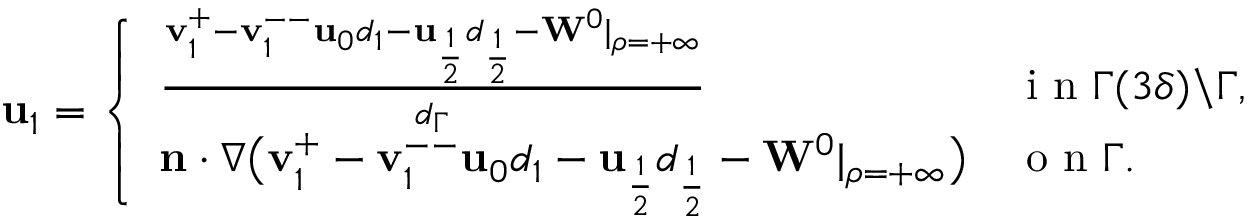
\begin{array} { r } { \mathbf { u } _ { 1 } = \left\{ \begin{array} { l l } { \frac { \mathbf { v } _ { 1 } ^ { + } - \mathbf { v } _ { 1 } ^ { -- } \mathbf { u } _ { 0 } d _ { 1 } - \mathbf { u } _ { \frac { 1 } { 2 } } d _ { \frac { 1 } { 2 } } - \mathbf { W } ^ { 0 } | _ { \rho = + \infty } } { d _ { \Gamma } } } & { \mathrm { ~ i ~ n ~ } \Gamma ( 3 \delta ) \backslash \Gamma , } \\ { \mathbf { n } \cdot \nabla \big ( \mathbf { v } _ { 1 } ^ { + } - \mathbf { v } _ { 1 } ^ { -- } \mathbf { u } _ { 0 } d _ { 1 } - \mathbf { u } _ { \frac { 1 } { 2 } } d _ { \frac { 1 } { 2 } } - \mathbf { W } ^ { 0 } | _ { \rho = + \infty } \big ) } & { \mathrm { ~ o ~ n ~ } \Gamma . } \end{array} \right. } \end{array}